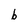
Character: b